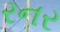
રનર